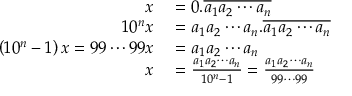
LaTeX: \begin{array} { r l } { x } & { { } = 0 . { \overline { { a _ { 1 } a _ { 2 } \cdots a _ { n } } } } } \\ { 1 0 ^ { n } x } & { { } = a _ { 1 } a _ { 2 } \cdots a _ { n } . { \overline { { a _ { 1 } a _ { 2 } \cdots a _ { n } } } } } \\ { \left( 1 0 ^ { n } - 1 \right) x = 9 9 \cdots 9 9 x } & { { } = a _ { 1 } a _ { 2 } \cdots a _ { n } } \\ { x } & { { } = { \frac { a _ { 1 } a _ { 2 } \cdots a _ { n } } { 1 0 ^ { n } - 1 } } = { \frac { a _ { 1 } a _ { 2 } \cdots a _ { n } } { 9 9 \cdots 9 9 } } } \end{array}